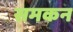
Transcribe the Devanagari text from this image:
समकन